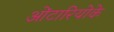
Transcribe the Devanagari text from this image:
ओंटारियोके